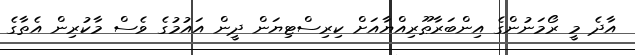
އާދެ މީ ރޯމަނުންގެ އިންބަރާޠޫރިއްޔާއަށް ކިރިސްޓިޔަން ދީން އައުމުގެ ވެސް މާކުރިން އެތާގެ